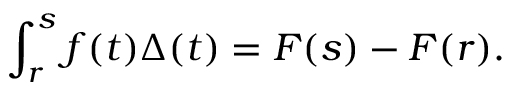
\int _ { r } ^ { s } f ( t ) \Delta ( t ) = F ( s ) - F ( r ) .